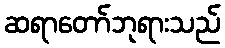
ဆရာတော်ဘုရားသည်